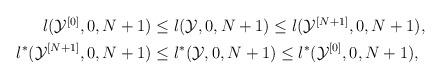
LaTeX: \begin{align*}\begin{aligned} l(\mathcal Y^{[0]},0,N+1) &\le l(\mathcal Y,0,N+1)\le l(\mathcal Y^{[N+1]},0,N+1),\\ l^*(\mathcal Y^{[N+1]},0,N+1) &\le l^*(\mathcal Y,0,N+1)\le l^*(\mathcal Y^{[0]},0,N+1),\end{aligned}\end{align*}